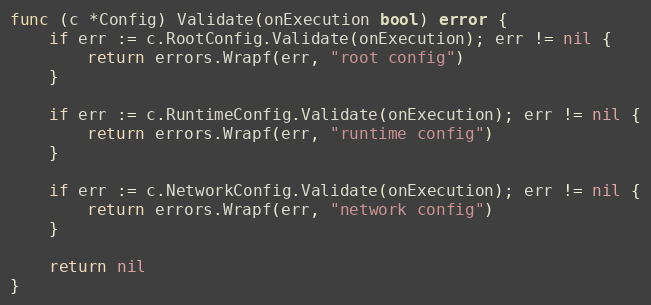
Language: Go
func (c *Config) Validate(onExecution bool) error {
	if err := c.RootConfig.Validate(onExecution); err != nil {
		return errors.Wrapf(err, "root config")
	}

	if err := c.RuntimeConfig.Validate(onExecution); err != nil {
		return errors.Wrapf(err, "runtime config")
	}

	if err := c.NetworkConfig.Validate(onExecution); err != nil {
		return errors.Wrapf(err, "network config")
	}

	return nil
}